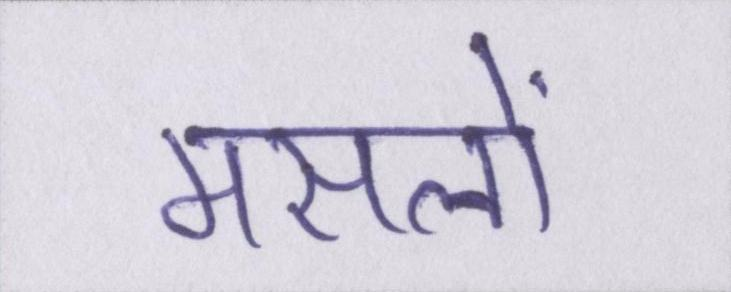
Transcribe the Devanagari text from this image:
मसलों